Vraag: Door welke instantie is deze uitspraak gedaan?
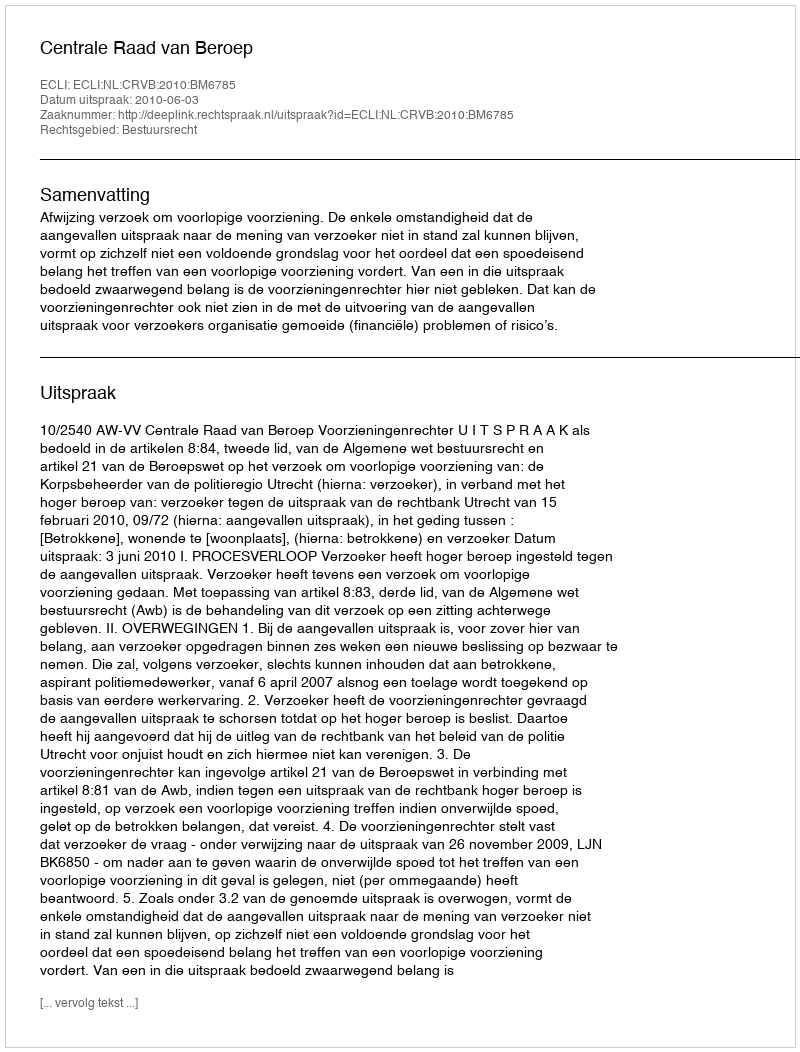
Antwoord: Centrale Raad van Beroep